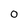
Character: 0